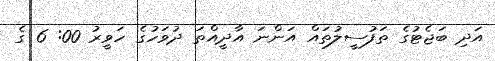
އަދި ބަޖެޓުގެ ތަފުސީލުތައް އަންނަ އާދީއްތަ ދުވަހުގެ ހަވީރު 00: 6 ގެ